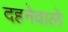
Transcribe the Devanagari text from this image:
दहनेवाले